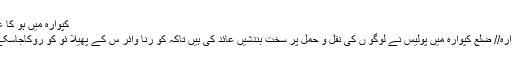
کپوارہ میں ہُو کا عالم
کپوارہ// ضلع کپوارہ میں پولیس نے لوگو ں کی نقل و حمل پر سخت بندشیں عائد کی ہیں تاکہ کو رنا وائر س کے پھیلا ئو کو روکاجاسکے ۔